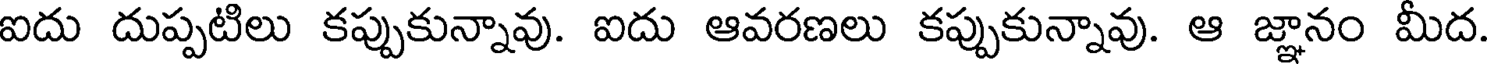
ఐదు దుప్పటిలు కప్పుకున్నావు. ఐదు ఆవరణలు కప్పుకున్నావు. ఆ జ్ఞానం మీద